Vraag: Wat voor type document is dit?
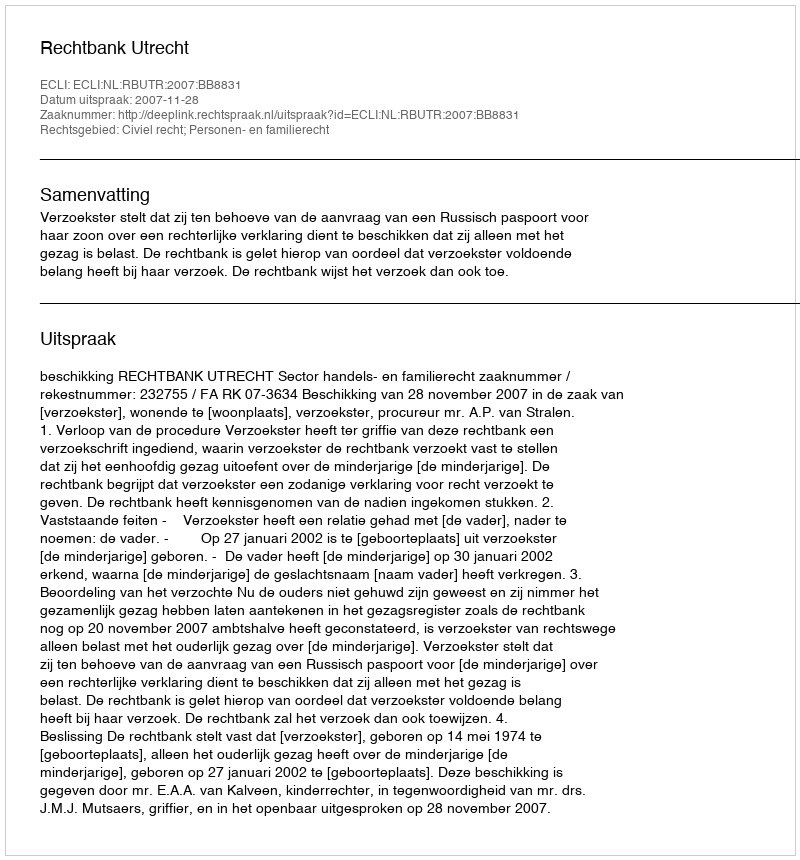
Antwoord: Uitspraak